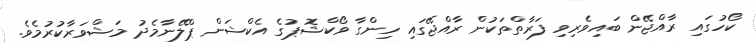
ކޯހުގައި ރާއްޖޭން ބައިވެރިވި ފަރާތްތަކުން ރާއްޖޭގައި ހިންގާ ވޯކްޝޮޕުގެ އެކްޝަން ޕްލޭނާމެދު މަޝްވަރާކުރުމެވެ.